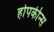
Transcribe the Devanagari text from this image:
होपकीन्स